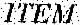
ITEM